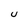
Character: U